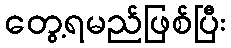
တွေ့ရမည်ဖြစ်ပြီး